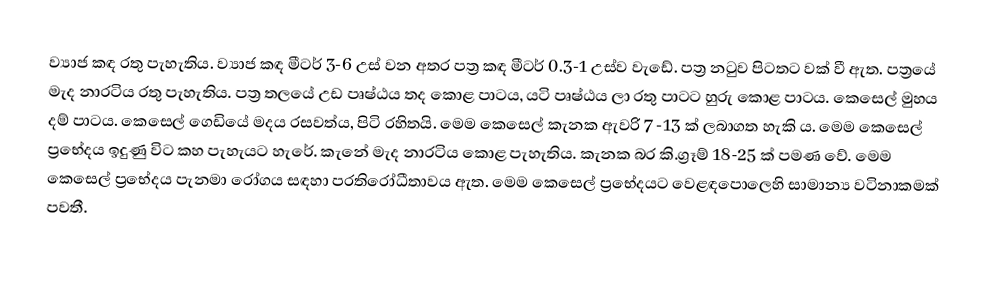
ව්‍යාජ කඳ රතු පැහැතිය‍. ව්‍යාජ කඳ මීටර් 3-6 උස් වන අතර පත්‍ර කඳ මීටර් 0.3-1 උස්ව වැඩේ. පත්‍ර නටුව පිටතට වක් වී ඇත. පත්‍රයේ මැද නාරටිය රතු පැහැතිය‍. පත්‍ර තලයේ උඩ පෘෂ්ඨය තද කොළ පාටය, යටි පෘෂ්ඨය ලා රතු පාටට හුරු කොළ පාටය. කෙසෙල් මුහය දම් පාටය. ‌කෙසෙල් ‌ගෙඩියේ මදය රසවත්ය, පිටි රහිතයි. මෙම කෙසෙල් කැනක ඇවරි 7 -13 ක් ලබාගත හැකි ය. මෙම කෙසෙල් ප්‍රභේදය ඉදුණු විට කහ පැහැයට හැරේ. කැනේ මැද නාරටිය කොළ පැහැතිය‍. කැනක බර කි.ග්‍රෑම් 18-25 ක් පමණ වේ. මෙම කෙසෙල් ප්‍රභේදය පැනමා රෝගය සඳහා ප‍්‍රතිරෝධීතාවය ඇත. මෙම කෙසෙල් ප්‍රභේදයට වෙළඳපොලෙහි සාමාන්‍ය වටිනාකමක් පවතී.